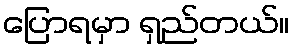
ပြောရမှာ ရှည်တယ်။